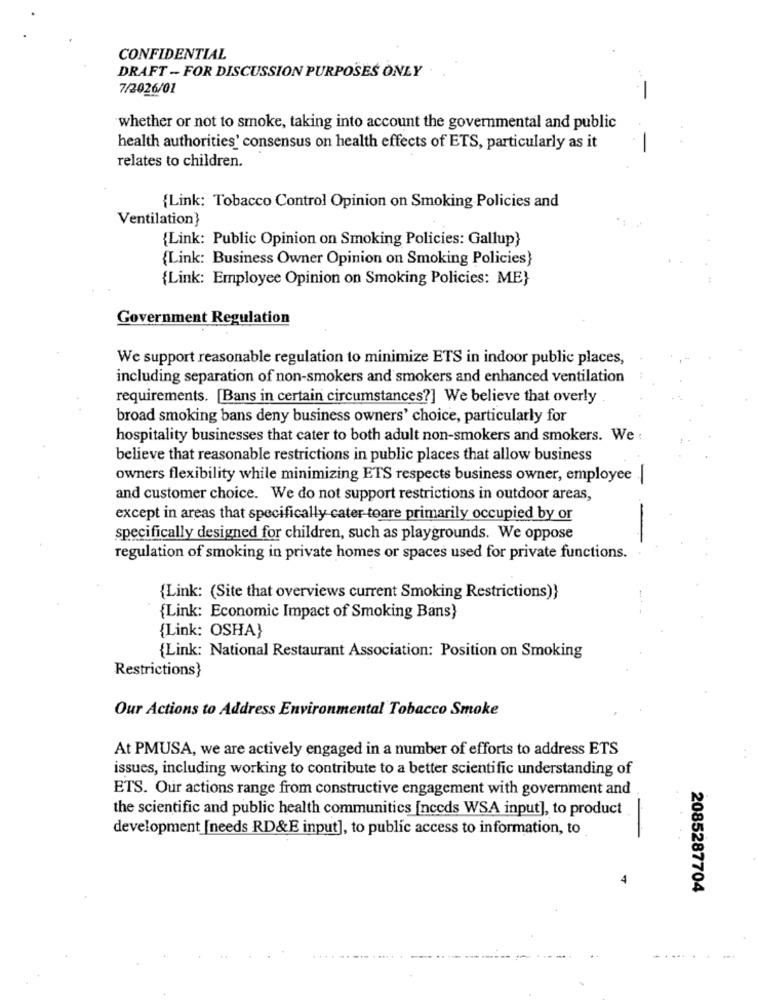
CONFIDENTIAL
DRAFT - FOR DISCUSSION PURPOSES ONLY
7/2026/01
whether or not to smoke, taking into account the governmental and public
-
health authorities' consensus on health effects of ETS, particularly as it
relates to children.
{Link: Tobacco Control Opinion on Smoking Policies and
Ventilation}
{Link: Public Opinion on Smoking Policies: Gallup}
{Link: Business Owner Opinion on Smoking Policies}
{Link: Employee Opinion on Smoking Policies: ME}
Government Regulation
We support reasonable regulation to minimize ETS in indoor public places,
including separation of non-smokers and smokers and enhanced ventilation
requirements. [Bans in certain circumstances?] We believe that overly
broad smoking bans deny business owners' choice, particularly for
hospitality businesses that cater to both adult non-smokers and smokers. We :
believe that reasonable restrictions in public places that allow business
owners flexibility while minimizing ETS respects business owner, employee |
and customer choice. We do not support restrictions in outdoor areas,
except in areas that specifically cater toare primarily occupied by or
-
specifically designed for children, such as playgrounds. We oppose
regulation of smoking in private homes or spaces used for private functions.
{Link: (Site that overviews current Smoking Restrictions)}
{Link: Economic Impact of Smoking Bans)
{Link: OSHA}
{Link: National Restaurant Association: Position on Smoking
Restrictions}
Our Actions to Address Environmental Tobacco Smoke
At PMUSA, we are actively engaged in a number of efforts to address ETS
issues, including working to contribute to a better scientific understanding of
ETS. Our actions range from constructive engagement with government and
the scientific and public health communitics [nccds WSA input], to product
development [needs RD&E input], to public access to information, to
4
2085287704